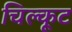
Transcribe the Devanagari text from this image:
चिल्कूट